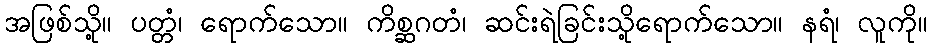
အဖြစ်သို့။ ပတ္တံ၊ ရောက်သော။ ကိစ္ဆဂတံ၊ ဆင်းရဲခြင်းသို့ရောက်သော။ နရံ၊ လူကို။